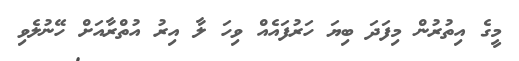
މީގެ އިތުރުން މިފަދަ ބިޔަ ހަރުފައެއް ވިހަ ލާ އިރު އުތްރާއަށް ހޭނުލެވި